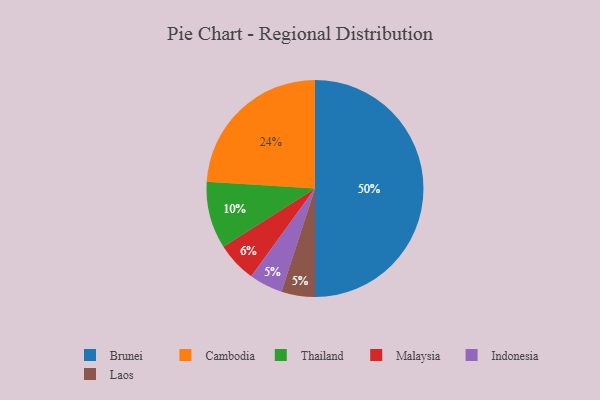
{"axis": {"x": "Category", "y": "Percentage"}, "legend": ["Brunei", "Cambodia", "Indonesia", "Laos", "Malaysia", "Thailand"], "data": [{"x": "Indonesia", "y": 5, "type": "Indonesia"}, {"x": "Laos", "y": 5, "type": "Laos"}, {"x": "Cambodia", "y": 24, "type": "Cambodia"}, {"x": "Malaysia", "y": 6, "type": "Malaysia"}, {"x": "Brunei", "y": 50, "type": "Brunei"}, {"x": "Thailand", "y": 10, "type": "Thailand"}]}